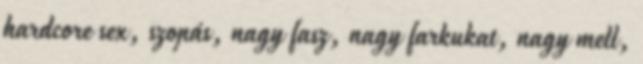
hardcore sex, szopás, nagy fasz, nagy farkukat, nagy mell,